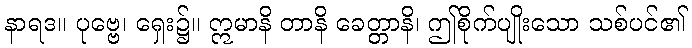
နာရဒ။ ပုဗ္ဗေ၊ ရှေး၌။ ဣမာနိ တာနိ ခေတ္တာနိ၊ ဤစိုက်ပျိုးသော သစ်ပင်၏